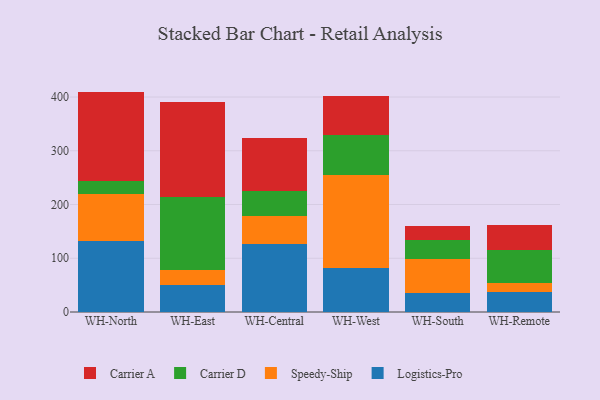
{"axis": {"x": "Warehouse", "y": "Tickets Resolved"}, "legend": ["Carrier A", "Carrier D", "Logistics-Pro", "Speedy-Ship"], "data": [{"x": "WH-North", "y": 132.6, "type": "Logistics-Pro"}, {"x": "WH-North", "y": 87.2, "type": "Speedy-Ship"}, {"x": "WH-North", "y": 23.1, "type": "Carrier D"}, {"x": "WH-North", "y": 167.2, "type": "Carrier A"}, {"x": "WH-East", "y": 50.0, "type": "Logistics-Pro"}, {"x": "WH-East", "y": 27.9, "type": "Speedy-Ship"}, {"x": "WH-East", "y": 136.1, "type": "Carrier D"}, {"x": "WH-East", "y": 177.4, "type": "Carrier A"}, {"x": "WH-Central", "y": 126.4, "type": "Logistics-Pro"}, {"x": "WH-Central", "y": 52.7, "type": "Speedy-Ship"}, {"x": "WH-Central", "y": 46.9, "type": "Carrier D"}, {"x": "WH-Central", "y": 98.0, "type": "Carrier A"}, {"x": "WH-West", "y": 82.3, "type": "Logistics-Pro"}, {"x": "WH-West", "y": 172.9, "type": "Speedy-Ship"}, {"x": "WH-West", "y": 73.7, "type": "Carrier D"}, {"x": "WH-West", "y": 72.7, "type": "Carrier A"}, {"x": "WH-South", "y": 35.8, "type": "Logistics-Pro"}, {"x": "WH-South", "y": 63.2, "type": "Speedy-Ship"}, {"x": "WH-South", "y": 34.8, "type": "Carrier D"}, {"x": "WH-South", "y": 26.1, "type": "Carrier A"}, {"x": "WH-Remote", "y": 36.4, "type": "Logistics-Pro"}, {"x": "WH-Remote", "y": 17.6, "type": "Speedy-Ship"}, {"x": "WH-Remote", "y": 61.8, "type": "Carrier D"}, {"x": "WH-Remote", "y": 46.2, "type": "Carrier A"}]}